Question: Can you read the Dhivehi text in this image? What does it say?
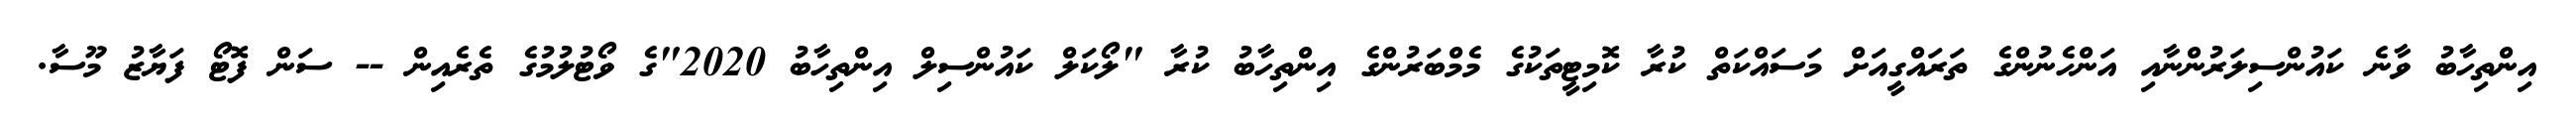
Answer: އިންތިހާބު ވާނެ ކައުންސިލަރުންނާއި އަންހެނުންގެ ތަރައްގީއަށް މަސައްކަތް ކުރާ ކޮމިޓީތަކުގެ މެމްބަރުންގެ އިންތިހާބު ކުރާ "ލޯކަލް ކައުންސިލް އިންތިހާބު 2020"ގެ ވޯޓުލުމުގެ ތެރެއިން -- ސަން ފޮޓޯ ފަޔާޒު މޫސާ.